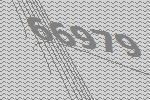
66979